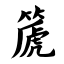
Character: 篪